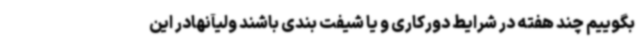
بگوییم چند هفته در شرایط دورکاری و یا شیفت بندی باشند ولیآنهادر این